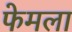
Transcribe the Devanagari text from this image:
फेमला